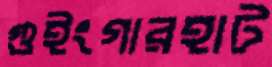
গুইংগারহাট